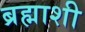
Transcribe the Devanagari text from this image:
ब्रह्माशी